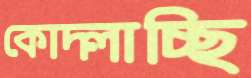
কোদ্‌লাচ্ছি